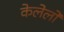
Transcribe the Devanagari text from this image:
केलेलो